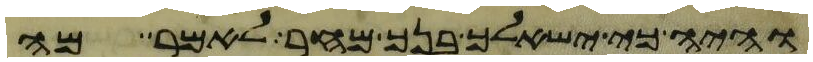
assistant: והיה כי ישאלך בנך מחר לאמר מה